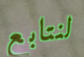
لنتابع